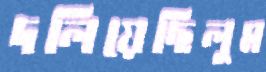
দলিয়েছিলুম